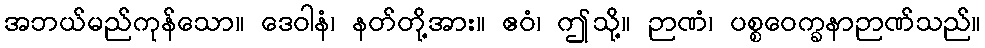
အဘယ်မည်ကုန်သော။ ဒေဝါနံ၊ နတ်တို့အား။ ဧဝံ၊ ဤသို့။ ဉာဏံ၊ ပစ္စဝေက္ခနာဉာဏ်သည်။